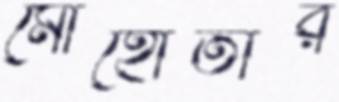
মোহোতার